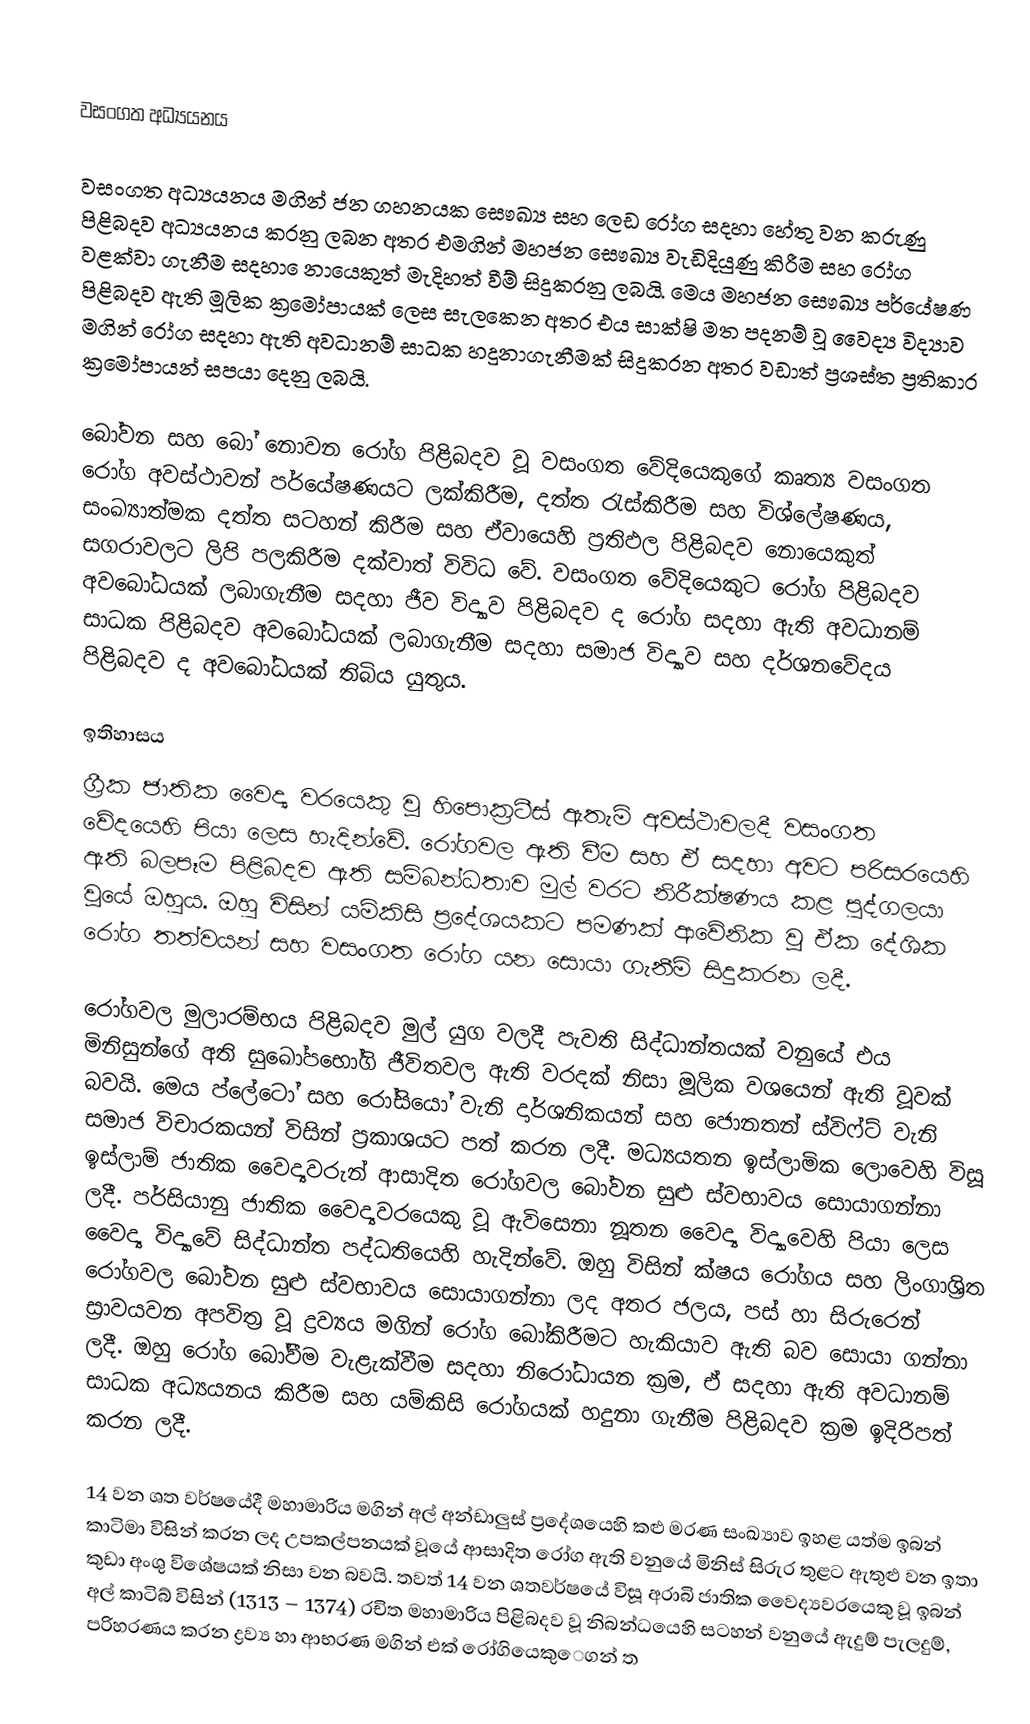

වසංගත අධ්‍යයනය

වසංගත අධ්‍යයනය මගින් ජන ගහනයක සෞඛ්‍ය සහ ලෙඩ රෝග සදහා හේතු වන කරුණු පිළිබදව අධ්‍යයනය කරනු ලබන අතර එමගින් මහජන සෞඛ්‍ය වැඩිදියුණු කිරීම සහ රෝග වළක්වා ගැනීම සදහා ‍ෙනායෙකුත් මැදිහත් වීම් සිදුකරනු ලබයි. මෙය මහජන සෞඛ්‍ය පර්යේෂණ පිළිබදව ඇති මූලික ක්‍රමෝපායක් ලෙස සැලකෙන අතර එය සාක්ෂි මත පදනම් වූ වෛද්‍ය විද්‍යාව මගින් රෝග සදහා ඇති අවධානම් සාධක හදුනාගැනීමක් සිදුකරන අතර වඩාත් ප්‍රශස්ත ප්‍රතිකාර ක්‍රමෝපායන් සපයා දෙනු ලබයි.

බෝවන සහ බෝ නොවන රෝග පිළිබදව වූ වසංගත වේදියෙකුගේ කෘත්‍ය වසංගත රෝග අවස්ථාවන් පර්යේෂණයට ලක්කිරීම, දත්ත රැස්කිරීම සහ විශ්ලේෂණය, සංඛ්‍යාත්මක දත්ත සටහන් කිරීම සහ ඒවායෙහි ප්‍රතිඵල පිළිබදව නොයෙකුත් සගරාවලට ලිපි පලකිරීම දක්වාත් විවිධ වේ. වසංගත වේදියෙකුට රෝග පිළිබදව අවබෝධයක් ලබාගැනීම සදහා ජීව විද්‍යාව පිළිබදව ද රෝග සදහා ඇති අවධානම් සාධක පිළිබදව අවබෝධයක් ලබාගැනීම සදහා සමාජ විද්‍යාව සහ දර්ශනවේදය පිළිබදව ද අවබෝධයක් තිබිය යුතුය.

ඉතිහාසය
ග්‍රීක ජාතික වෛද්‍ය වරයෙකු වූ හිපොක්‍රටීස් ඇතැම් අවස්ථාවලදී වසංගත වේදයෙහි පියා ලෙස හැදින්වේ. රෝගවල ඇති වීම සහ ඒ සදහා අවට පරිසරයෙහි ඇති බලපෑම පිළිබදව ඇති සම්බන්ධතාව මුල් වරට නිරීක්ෂණය කළ පුද්ගලයා වූයේ ඔහුය. ඔහු විසින් යම්කිසි ප්‍රදේශයකට පමණක් ආවේනික වූ ඒක දේශික රෝග තත්වයන් සහ වසංගත රෝග යන සොයා ගැනීම් සිදුකරන ලදී.

රෝගවල මුලාරම්භය පිළිබදව මුල් යුග වලදී පැවති සිද්ධාන්තයක් වනුයේ එය මිනිසුන්ගේ අති සුඛෝපභෝගි ජීවිතවල ඇති වරදක් නිසා මූලික වශයෙන් ඇති වූවක් බවයි. මෙය ප්ලේටෝ සහ රෝසියෝ වැනි දාර්ශනිකයන් සහ ජොනතන් ස්විෆ්ට් වැනි සමාජ විචාරකයන් විසින් ප්‍රකාශයට පත් කරන ලදී. මධ්‍යයතන ඉස්ලාමික ලොවෙහි විසූ ඉස්ලාම් ජාතික වෛද්‍යවරුන් ආසාදිත රෝගවල බෝවන සුළු ස්වභාවය සොයාගන්නා ලදී. පර්සියානු ජාතික වෛද්‍යවරයෙකු වූ ඇවිසෙනා නූතන වෛද්‍ය විද්‍යාවෙහි පියා ලෙස වෛද්‍ය විද්‍යාවේ සිද්ධාන්ත පද්ධතියෙහි හැදින්වේ. ඔහු විසින් ක්ෂය රෝගය සහ ලිංගාශ්‍රිත රෝගවල බෝවන සුළු ස්වභාවය සොයාගන්නා ලද අතර ජලය, පස් හා සිරුරෙන් ස්‍රාවයවන අපවිත්‍ර වූ ද්‍රව්‍යය මගින් රෝග බෝකිරීමට හැකියාව ඇති බව සොයා ගන්නා ලදී. ඔහු රෝග බෝවීම වැළැක්වීම සදහා නිරෝධායන ක්‍රම, ඒ සදහා ඇති අවධානම් සාධක අධ්‍යයනය කිරීම සහ යම්කිසි රෝගයක් හදුනා ගැනීම පිළිබදව ක්‍රම ඉදිරිපත් කරන ලදී.

14 වන ශත වර්ෂයේදී මහාමාරිය මගින් අල් අන්ඩාලුස් ප්‍රදේශයෙහි කළු මරණ සංඛ්‍යාව ඉහළ යත්ම ඉබන් කාටිමා විසින් කරන ලද උපකල්පනයක් වූයේ ආසාදිත රෝග ඇති වනුයේ මිනිස් සිරුර තුළට ඇතුළු වන ඉතා කුඩා අංශු විශේෂයක් නිසා වන බවයි. තවත් 14 වන ශතවර්ෂයේ විසූ අරාබි ජාතික වෛද්‍යවරයෙකු වූ ඉබන් අල් කාටිබ් විසින් (1313 – 1374) රචිත මහාමාරිය පිළිබදව වූ නිබන්ධයෙහි සටහන් වනුයේ ඇදුම් පැලදුම්, පරිහරණය කරන ද්‍රව්‍ය හා ආභරණ මගින් එක් රෝගියෙකු‍ෙගන් ත